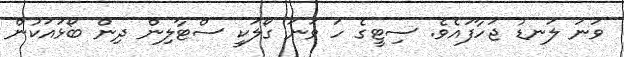
ވަނަ ލަނޑު ޖަހާފައެވެ. ސިޓީގެ ހަ ވަނަ ގޯލަކީ ސްޓާލިން ދިން ބޯޅައަކުން